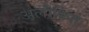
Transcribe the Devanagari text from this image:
अलौकित